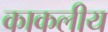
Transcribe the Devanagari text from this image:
काकलीय